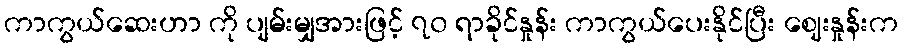
ကာကွယ်ဆေးဟာ ကို ပျမ်းမျှအားဖြင့် ၇၀ ရာခိုင်နှုန်း ကာကွယ်ပေးနိုင်ပြီး ဈေးနှုန်းက